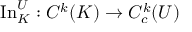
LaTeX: \operatorname { I n } _ { K } ^ { U } : C ^ { k } ( K ) \to C _ { c } ^ { k } ( U )